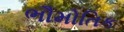
ભૌમોતિક